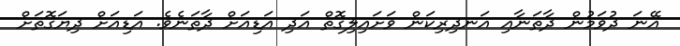
އޭނަ ދުވަމުން ދާތަނާއި އަނދިރިކަން ވަށައިލިގޮތް އަދި އަޑިއަށް ދާތަނެވެ. އަޑިއަށް ދިޔަގޮތަށް